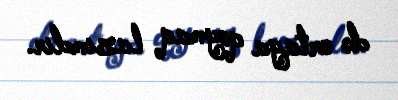
də ortaya qoymaq lazımdır.